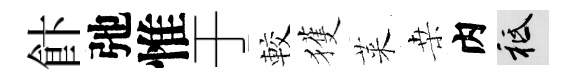
飰弛惟于較獲萊桒内祇